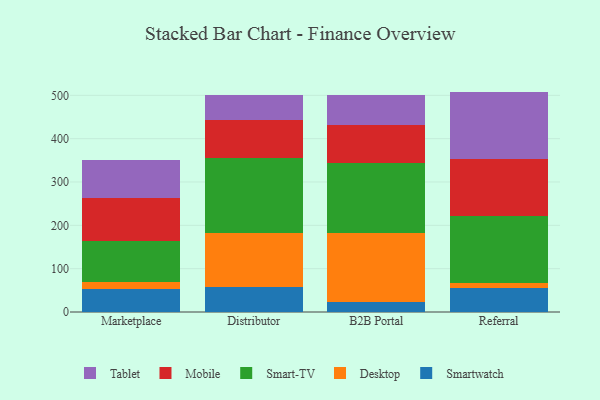
{"axis": {"x": "Channel", "y": "Energy Usage (MWh)"}, "legend": ["Desktop", "Mobile", "Smart-TV", "Smartwatch", "Tablet"], "data": [{"x": "Marketplace", "y": 53.1, "type": "Smartwatch"}, {"x": "Marketplace", "y": 17.0, "type": "Desktop"}, {"x": "Marketplace", "y": 93.8, "type": "Smart-TV"}, {"x": "Marketplace", "y": 99.0, "type": "Mobile"}, {"x": "Marketplace", "y": 87.8, "type": "Tablet"}, {"x": "Distributor", "y": 57.4, "type": "Smartwatch"}, {"x": "Distributor", "y": 124.1, "type": "Desktop"}, {"x": "Distributor", "y": 174.8, "type": "Smart-TV"}, {"x": "Distributor", "y": 87.1, "type": "Mobile"}, {"x": "Distributor", "y": 57.5, "type": "Tablet"}, {"x": "B2B Portal", "y": 22.3, "type": "Smartwatch"}, {"x": "B2B Portal", "y": 159.1, "type": "Desktop"}, {"x": "B2B Portal", "y": 163.2, "type": "Smart-TV"}, {"x": "B2B Portal", "y": 88.0, "type": "Mobile"}, {"x": "B2B Portal", "y": 67.5, "type": "Tablet"}, {"x": "Referral", "y": 55.7, "type": "Smartwatch"}, {"x": "Referral", "y": 11.2, "type": "Desktop"}, {"x": "Referral", "y": 154.0, "type": "Smart-TV"}, {"x": "Referral", "y": 131.6, "type": "Mobile"}, {"x": "Referral", "y": 156.1, "type": "Tablet"}]}